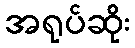
အရုပ်ဆိုး